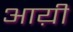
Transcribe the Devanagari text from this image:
आय़ी